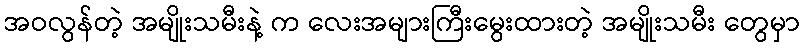
အဝလွန်တဲ့ အမျိုးသမီးနဲ့ က လေးအများကြီးမွေးထားတဲ့ အမျိုးသမီး တွေမှာ